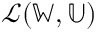
\ensuremath { \mathcal { L } } ( \mathbb { W } , \mathbb { U } )